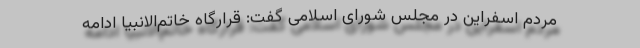
مردم اسفراین در مجلس شورای اسلامی گفت: قرارگاه خاتم‌الانبیا ادامه